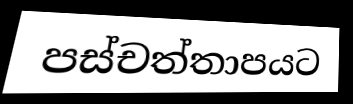
පස්චත්තාපයට